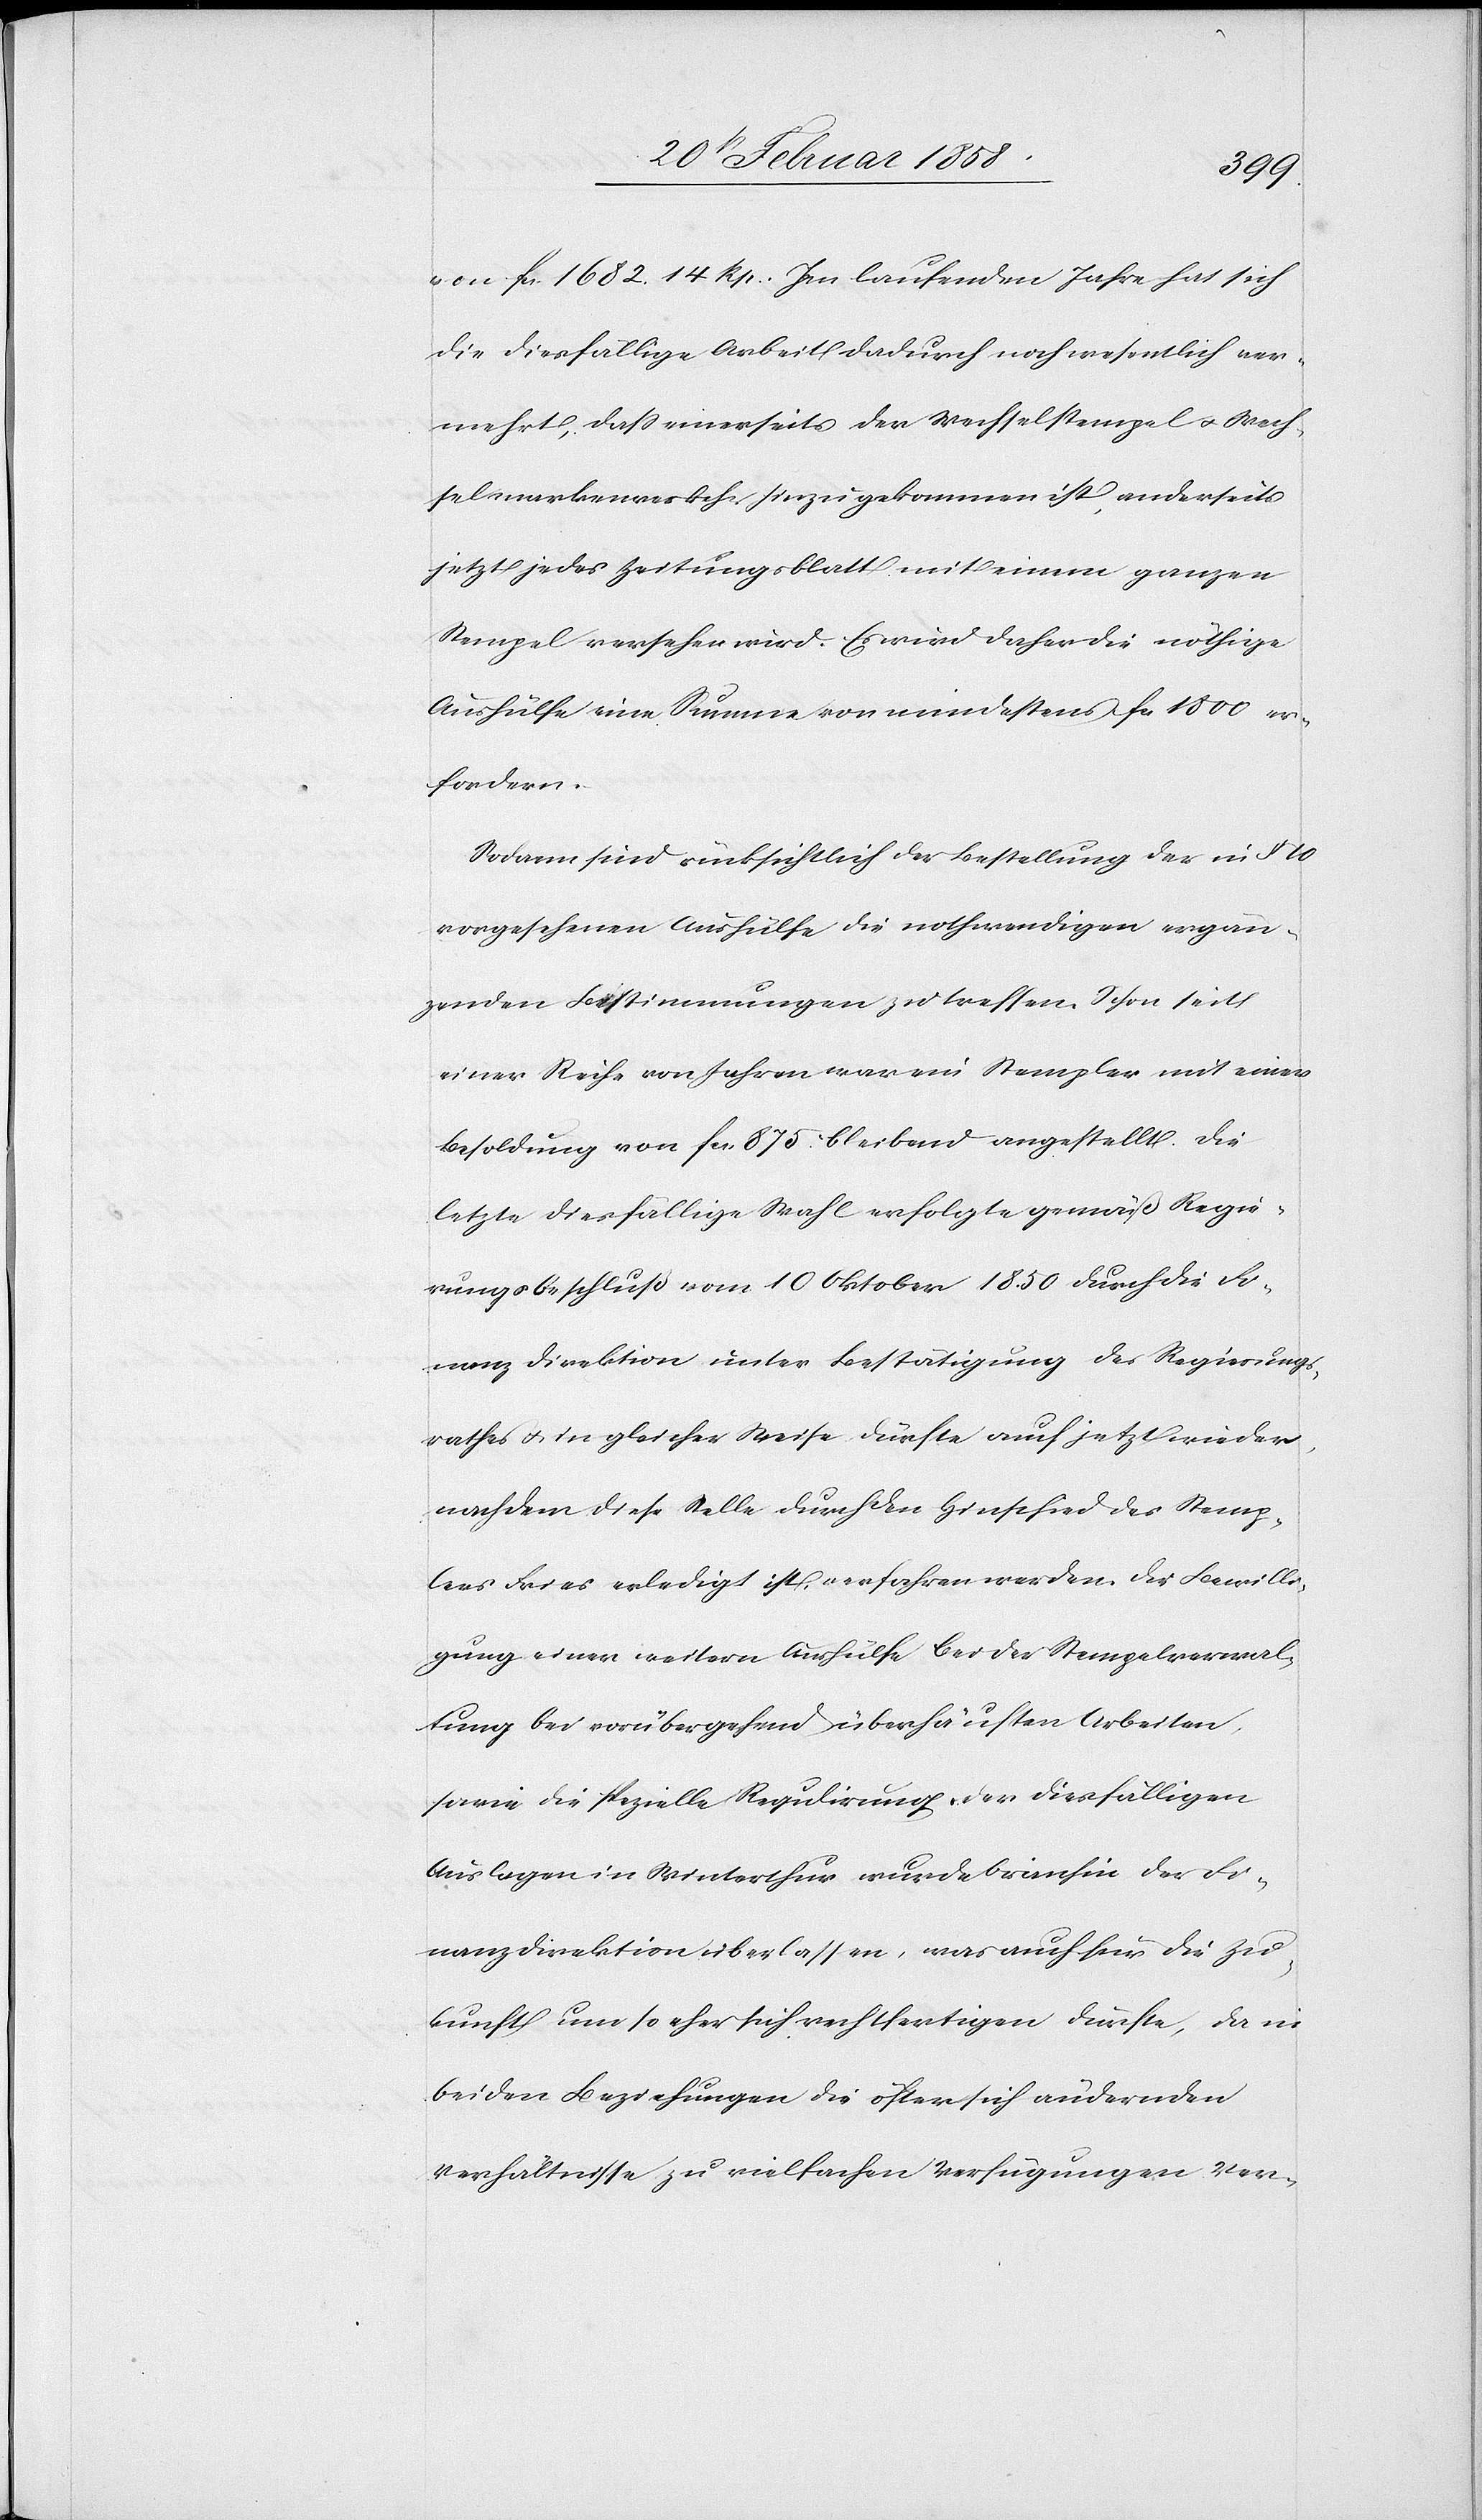
von fcs. 1682. 14 Rp. Im laufenden Jahre hat sich
die diesfällige Arbeit dadurch noch wesentlich ver¬
mehrt, daß einerseits der Wechselstempel u. Wech¬
selmarkenverkehr hinzugekommen ist, anderseits
jetzt jedes Zeitungsblatt mit einem ganzen
Stempel versehen wird. Es wird daher die nöthige
Aushülfe eine Summe von mindestens fcs. 1500 er¬
fordern.
Sodann sind rücksichtlich der Bestellung der in § 10
vorgesehenen Aushülfe die nothwendigen ergän¬
zenden Bestimmungen zu treffen. Schon seit
einer Reihe von Jahren war ein Stempler mit einer
Besoldung von fcs. 875. bleibend angestellt. Die
letzte diesfällige Wahl erfolgte gemäß Regie¬
rungsbeschluß vom 10 Oktober 1850 durch die Fi¬
nanzdirektion unter Bestätigung des Regierungs¬
rathes u. in gleicher Weise dürfte auch jetzt wieder,
nachdem diese Stelle durch den Hinschied des Stemp¬
lers Fries erledigt ist, verfahren werden. Die Bewilli¬
gung einer weitern Aushülfe bei der Stempelverwal¬
tung bei vorübergehend überhäuften Arbeiten,
sowie die spezielle Regulirung der diesfälligen
Auslagen in Winterthur wurde bisanhin der Fi¬
nanzdirektion überlassen, was auch für die Zu¬
kunft um so eher sich rechtfertigen dürfte, da in
beiden Beziehungen die öfter sich ändernden
Verhältnisse zu vielfachen Verfügungen Ver-